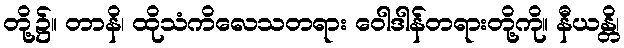
တို့၌။ တာနိ၊ ထိုသံကိလေသတရား ဝေါဒါန်တရားတို့ကို။ နီယန္တိ၊